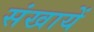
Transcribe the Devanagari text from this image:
संखायें